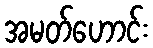
အမတ်ဟောင်း